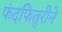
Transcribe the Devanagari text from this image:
फंदफितुरीने